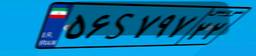
۵۶S۷۹۷۲۲